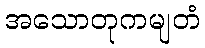
အသောတုကမျတံ